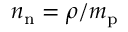
n _ { \mathrm { n } } = \rho / m _ { \mathrm { p } }